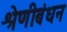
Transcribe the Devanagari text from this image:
श्रेणीबंधन